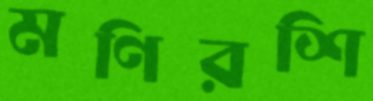
মণিরশি